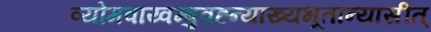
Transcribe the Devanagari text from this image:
व्योमवाय्वम्बुवह्न्याख्यभूतान्यासीत्